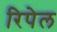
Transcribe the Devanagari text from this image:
रिपेल